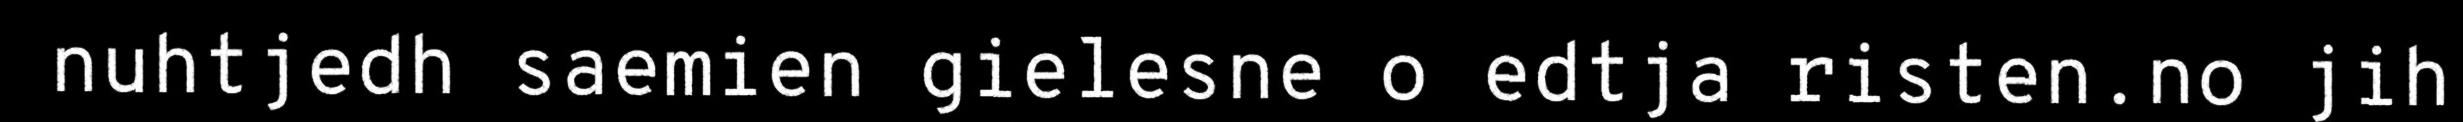
nuhtjedh saemien gielesne o edtja risten.no jih